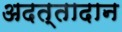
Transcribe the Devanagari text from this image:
अदत्तादान